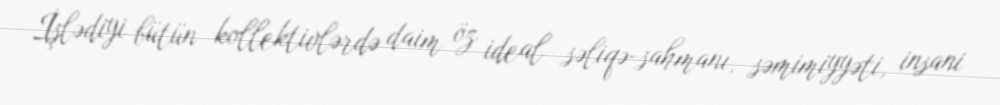
İşlədiyi bütün kollektivlərdə daim öz ideal səliqə-sahmanı, səmimiyyəti, insani